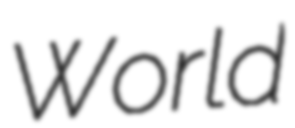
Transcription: World